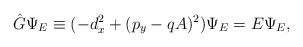
\begin{align*}{\hat G}\Psi_E\equiv (-d_x^2+(p_y-qA)^2)\Psi_E=E\Psi_{E},\end{align*}